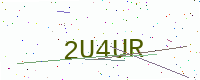
Text: 2U4UR